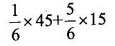
$$\frac { 1 } { 6 } \times 4 5+ \frac { 5 }